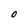
Character: 0